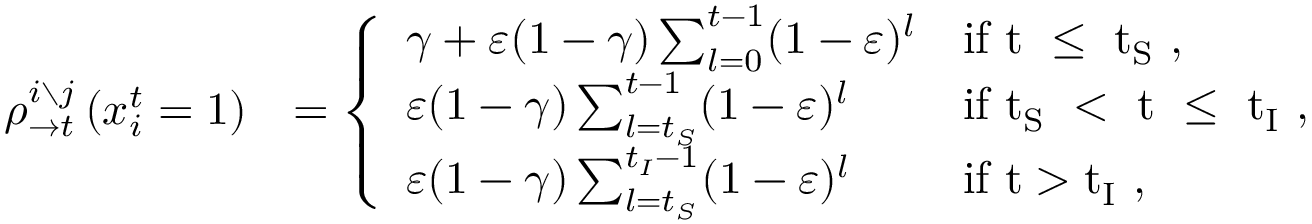
\begin{array} { r l } { \rho _ { \rightarrow t } ^ { i \setminus j } \left( x _ { i } ^ { t } = 1 \right) } & { = \left\{ \begin{array} { l l } { \gamma + \varepsilon ( 1 - \gamma ) \sum _ { l = 0 } ^ { t - 1 } ( 1 - \varepsilon ) ^ { l } } & { \mathrm { i f ~ t ~ \leq ~ t _ S ~ } , } \\ { \varepsilon ( 1 - \gamma ) \sum _ { l = t _ { S } } ^ { t - 1 } ( 1 - \varepsilon ) ^ { l } } & { \mathrm { i f ~ t _ S ~ < ~ t ~ \leq ~ t _ I ~ } , } \\ { \varepsilon ( 1 - \gamma ) \sum _ { l = t _ { S } } ^ { t _ { I } - 1 } ( 1 - \varepsilon ) ^ { l } } & { \mathrm { i f ~ t > t _ I ~ } , } \end{array} \right. } \end{array}